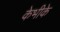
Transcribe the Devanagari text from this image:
केभीके